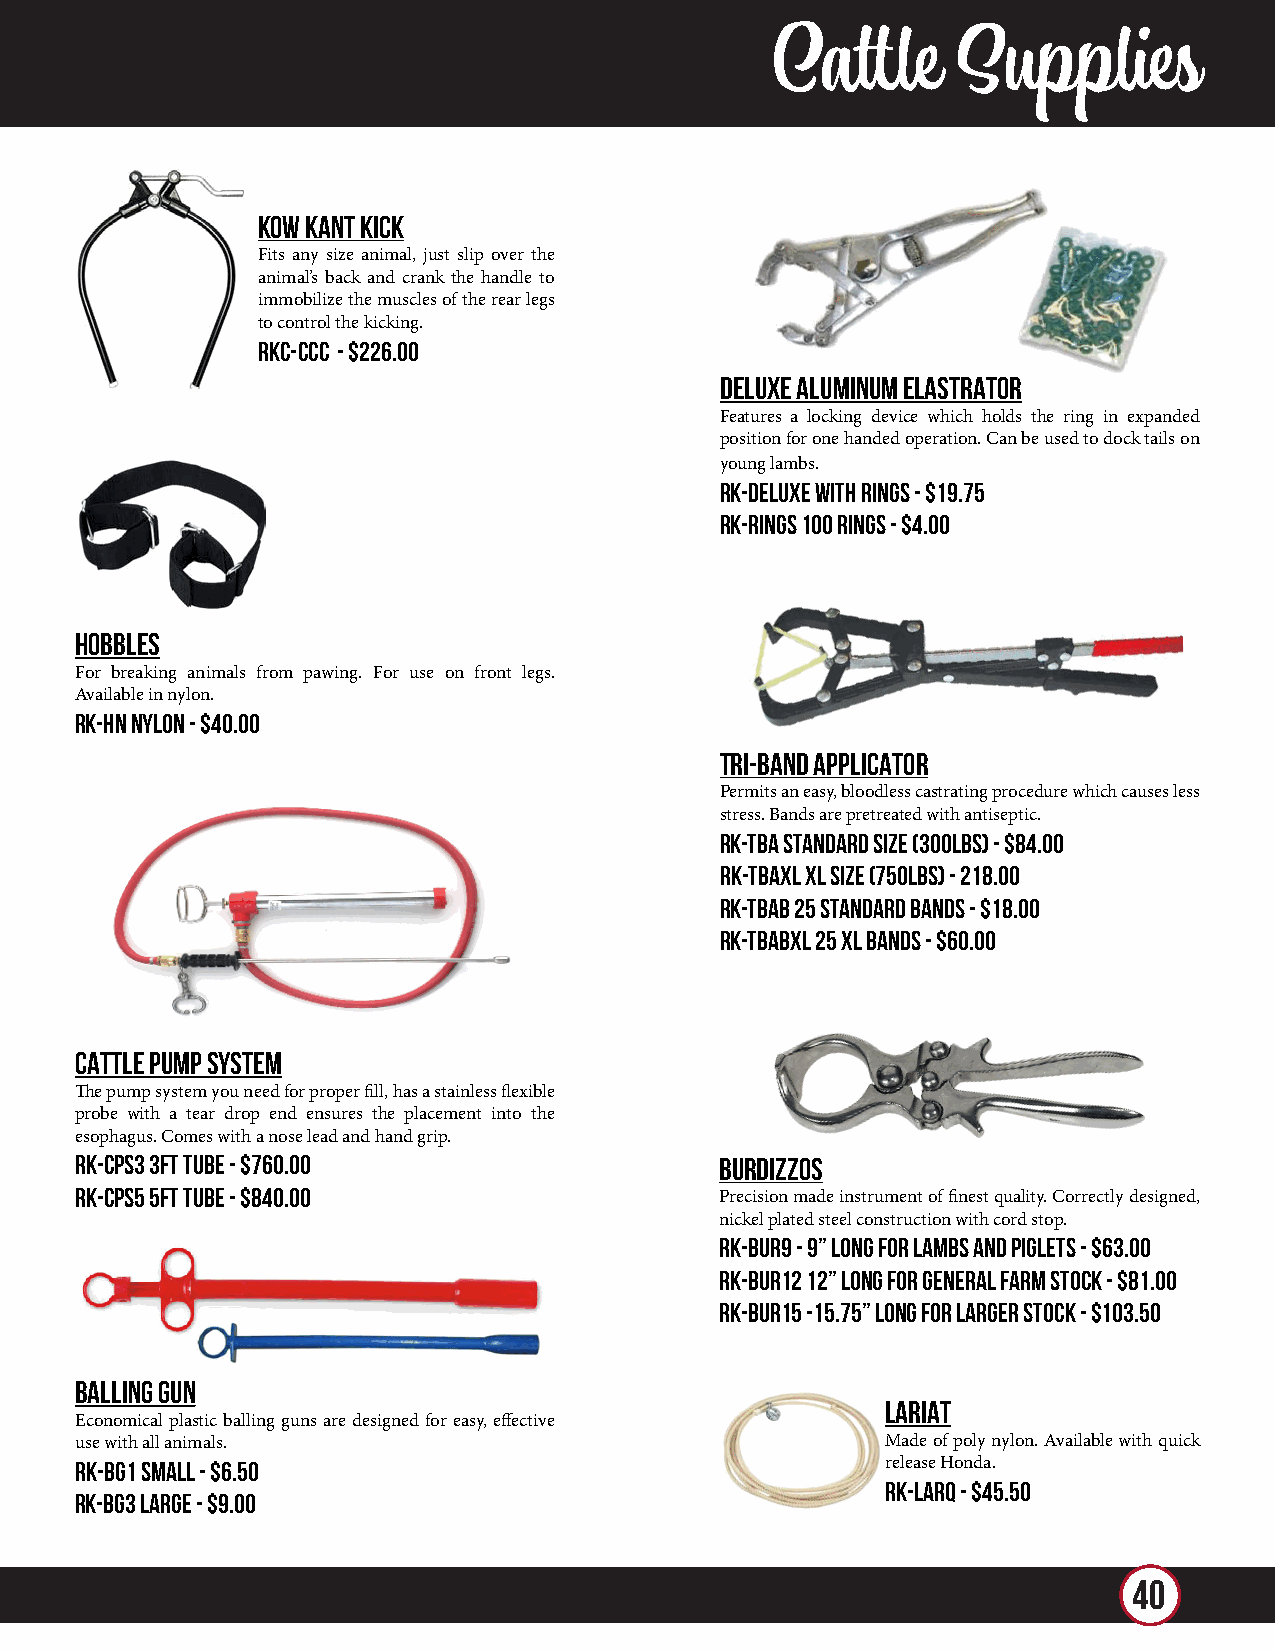
Cattle      Supplies
 KOW KANT KICK
 Fits any size animal, just slip over the
 animal’s back and crank the handle to
 immobilize the muscles of the rear legs
 to control the kicking.
 RKC-CCC - $226.00
 DELUXE ALUMINUM ELASTRATOR
 Features a locking device which holds the ring in expanded
 position for one handed operation. Can be used to dock tails on
 young lambs.
 RK-DELUXE With Rings - $19.75
 RK-RINGS 100 Rings - $4.00
 HOBBLES
 For breaking animals from pawing. For use on front legs.
 Available in nylon.
 RK-HN Nylon - $40.00
 TRI-BAND APPLICATOR
 Permits an easy, bloodless castrating procedure which causes less
 stress. Bands are pretreated with antiseptic.
 RK-TBA Standard size (300lbs) - $84.00
 RK-TBAXL XL size (750lbs) - 218.00
 RK-TBAB 25 Standard Bands - $18.00
 RK-TBABXL 25 XL Bands - $60.00
 CATTLE PUMP SYSTEM
 The pump system you need for proper fill, has a stainless flexible
 probe with a tear drop end ensures the placement into the
 esophagus. Comes with a nose lead and hand grip.
 RK-CPS3 3ft Tube - $760.00                 BURDIZZOS
 RK-CPS5 5ft Tube - $840.00                 Precision made instrument of finest quality. Correctly designed,
 nickel plated steel construction with cord stop.
 RK-BUR9 - 9” long for lambs and piglets - $63.00
 RK-BUR12 12” long for general farm stock - $81.00
 RK-BUR15 -15.75” long for larger stock - $103.50
 BALLING GUN
 LARIAT
 Economical plastic balling guns are designed for easy, effective
 use with all animals.                                 Made of poly nylon. Available with quick
 RK-BG1 Small - $6.50                                  release Honda.
 RK-LARQ - $45.50
 RK-BG3 Large - $9.00
 40